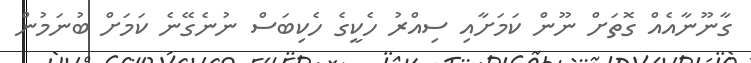
ގާނޫނާއެއް ގޮތަށް ނޫން ކަމަށާއި ސިއްރު ހެކީގެ ހެކިބަސް ނުނެގޭނެ ކަމަށް ބުނަމުން